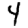
Digit: 4